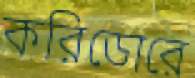
করিডোরে